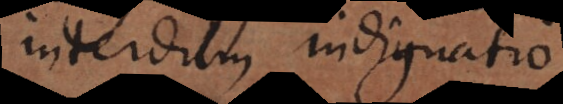
interdum indignatio